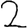
Digit: 2